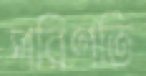
পরিণতি